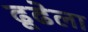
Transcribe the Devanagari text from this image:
ढूढेला